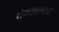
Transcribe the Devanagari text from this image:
शेकड्यांमध्ये